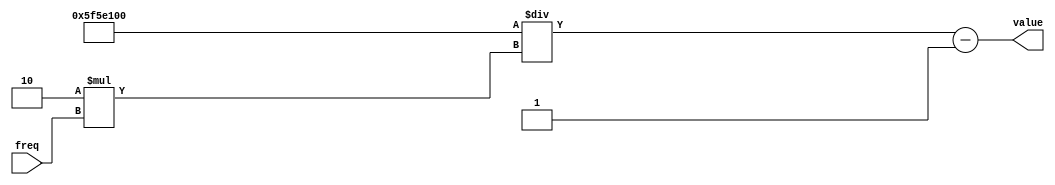
`timescale 1ns / 1ps
//////////////////////////////////////////////////////////////////////////////////
// Company: 
// Engineer: 
// 
// Design Name: 
// Module Name: counter_val
// Project Name: 
// Target Devices: 
// Tool Versions: 
// Description: 
// 
// Dependencies: 
// 
// Revision:
// Revision 0.01 - File Created
// Additional Comments:
// 
//////////////////////////////////////////////////////////////////////////////////


module counter_val(
input [31:0]freq, // 
output [31:0]value
    );
    assign value = (100000000/ (2* freq)) - 1;
    
endmodule